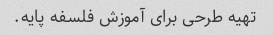
تهیه طرحی برای آموزش فلسفه پایه.